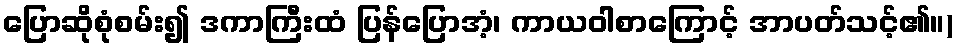
ပြောဆိုစုံစမ်း၍ ဒကာကြီးထံ ပြန်ပြောအံ့၊ ကာယဝါစာကြောင့် အာပတ်သင့်၏။)